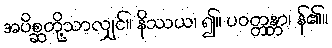
အပိစ္ဆတို့သာလျှင်။ နိဿယ၊ ၍။ ပဝတ္တန္တာ၊ န်၏။